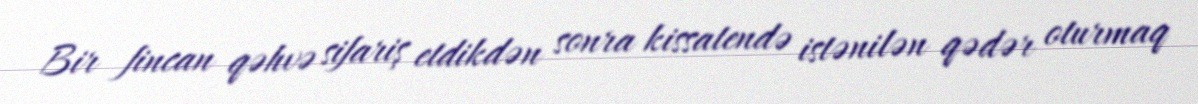
Bir fincan qəhvə sifariş etdikdən sonra kissatendə istənilən qədər oturmaq